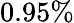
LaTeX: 0.95\%